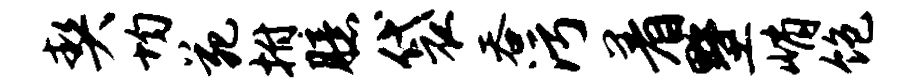
契均苑拊臆袋吞污着墅峭饱